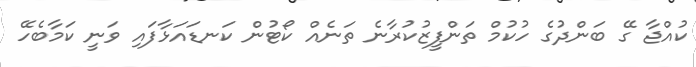
ކުއްޖާ ގޭ ބަންދުގެ ހުކުމް ތަންފީޒުކުރާނެ ތަނެއް ކޯޓުން ކަނޑައަޅާފައި ވަނީ ކަމާބެހޭ